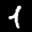
Label: 1